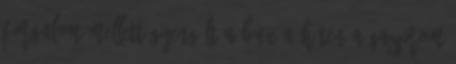
forgalom mellett gyengült a BUX a héten A Gazprom